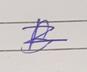
Signature authenticity: genuine